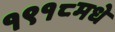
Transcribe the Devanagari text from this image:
१९१८मधे